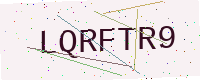
Text: LQRFTR9